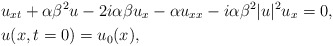
\begin{align*}&u_{xt}+\alpha\beta^2u-2i\alpha\beta u_x-\alpha u_{xx}-i\alpha\beta^2|u|^2u_x=0, \\&u(x,t=0)=u_0(x), \end{align*}